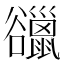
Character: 䜲